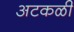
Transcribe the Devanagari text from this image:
अटकळी